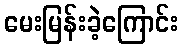
မေးမြန်းခဲ့ကြောင်း